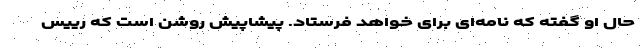
حال او گفته که نامه‌ای برای خواهد فرستاد. پیشاپیش روشن است که رییس